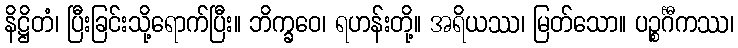
နိဋ္ဌိတံ၊ ပြီးခြင်းသို့ရောက်ပြီး။ ဘိက္ခဝေ၊ ရဟန်းတို့။ အရိယဿ၊ မြတ်သော။ ပဉ္စင်္ဂီကဿ၊